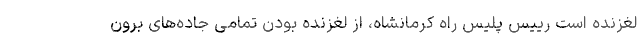
لغزنده است رییس پلیس راه کرمانشاه، از لغزنده بودن تمامی جاده‌های برون